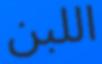
اللبن